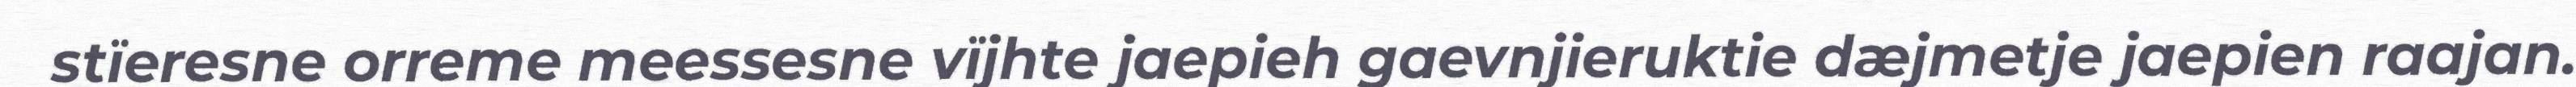
stïeresne orreme meessesne vïjhte jaepieh gaevnjieruktie dæjmetje jaepien raajan.